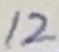
Text: 12